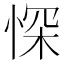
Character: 㤾